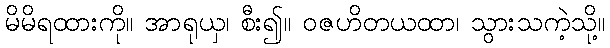
မိမိရထားကို။ အာရုယှ၊ စီး၍။ ဝဇဟိတယထာ၊ သွားသကဲ့သို့။